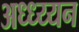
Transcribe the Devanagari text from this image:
अध्ध्य्यन